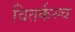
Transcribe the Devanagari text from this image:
वितर्कस्च